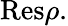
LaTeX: {\mathrm{Res}}\rho.